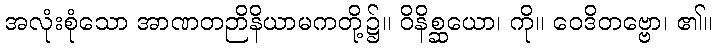
အလုံးစုံသော အာဏတဉာိနိယာမကတို့၌။ ဝိနိစ္ဆယော၊ ကို။ ဝေဒိတဗ္ဗော၊ ၏။